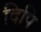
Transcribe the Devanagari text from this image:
दिपि